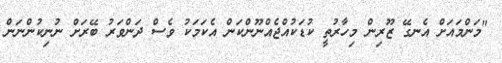
"މަންމައަށް އެނގޭ ޒޫރިން މިހާރުތީ ކުޑަކުއްޖެއްނޫންކަން އެކަމަކު ވެސް ދަންވަރު ބޭރަށް ނުނިކުންނަން